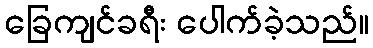
ခြေကျင်ခရီး ပေါက်ခဲ့သည်။